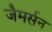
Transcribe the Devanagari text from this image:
जैमर्सन